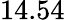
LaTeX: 14.54